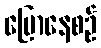
ပြောနေစဉ်